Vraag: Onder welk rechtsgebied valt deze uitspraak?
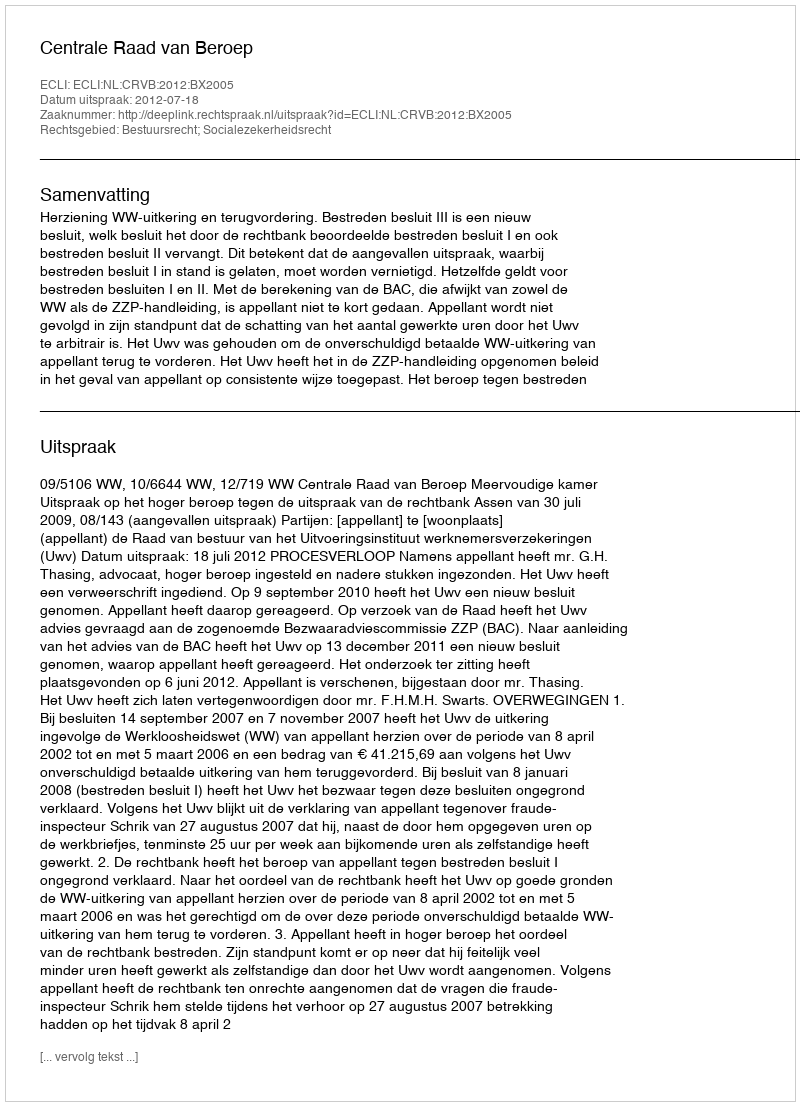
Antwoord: Bestuursrecht; Socialezekerheidsrecht